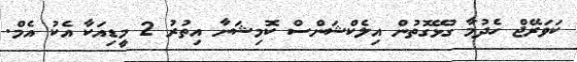
ކަވަރޭޖް ހެދުމާ ގުޅޭގޮތުން އިލެކްޝަންސް ކޮމިޝަނާ އިތުރު 2 މީޑިއަކާ އެކު އެމް.